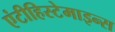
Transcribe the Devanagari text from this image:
एंटीहिस्टेमाइन्स